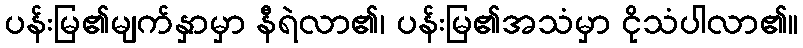
ပန်းမြ၏မျက်နှာမှာ နီရဲလာ၏၊ ပန်းမြ၏အသံမှာ ငိုသံပါလာ၏။